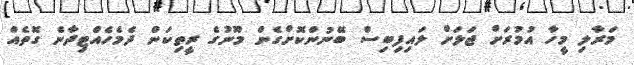
މަރާލި މީހާ އުމުރަށް ޖަލަށް ލައިފިބިސް ބޭނުންކޮށްގެން މޫނުގެ ރީތިކަން ދެމެހެއްޓިދާނެ ގޮތެއް